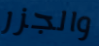
والجزر